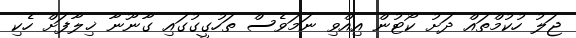
ޖަލު ހުކުމްތައް ދަށު ކޯޓުން އިއްވި ނަމަވެސް ތަހުގީގުގައި ގާނޫނާ ޚިލާފަށް ހެކި